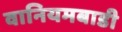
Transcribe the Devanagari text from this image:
वानियमबाडी